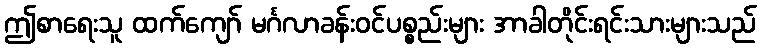
ဤစာရေးသူ ထက်ကျော် မင်္ဂလာခန်းဝင်ပစ္စည်းများ အာခါတိုင်းရင်းသားများသည်